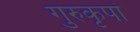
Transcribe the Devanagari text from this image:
गुरुकृपां